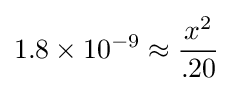
\mathrm {1.8\times 10^{-9}} \approx {x^{2} \over .20}